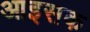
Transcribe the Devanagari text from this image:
आइसक